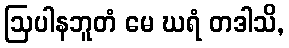
ဩပါနဘူတံ မေ ဃရံ တဒါသိ,